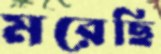
মরেছি